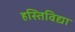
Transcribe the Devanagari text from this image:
हस्तिविद्या